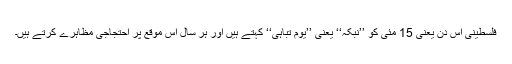
فلسطینی اِس دن یعنی 15 مئی کو ’’نبکہ‘‘ یعنی ’’یومِ تباہی‘‘ کہتے ہیں اور ہر سال اس موقع پر احتجاجی مظاہرے کرتے ہیں۔